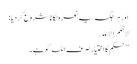
اور ہر جگہ یہ نعرہ لگانا شروع کر دیا :
لَا حُکْمَ إِلَّا ِﷲ.
’’حکم کا اختیار صرف اللہ کو ہے۔